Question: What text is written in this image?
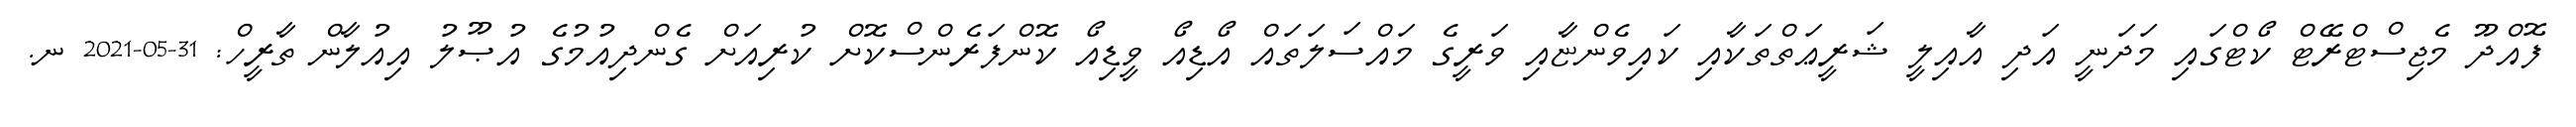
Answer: ފޮއްދޫ މެޖިސްޓްރޭޓް ކޯޓްގައި މަދަނީ އަދި އާއިލީ ޝަރީޢަތްތަކާއި ކައިވެންޏާއި ވަރީގެ މައްސަލަތައް އޯޑިއޯ ވީޑިއޯ ކޮންފަރެންސްކޮށް ކުރިއަށް ގެންދިއުމުގެ އުޞޫލު އިއުލާން ތާރީހް: 31-05-2021 ނ.